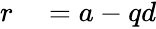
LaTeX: \begin{array}{rl}{r}&{{}=a-qd}\end{array}